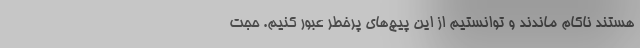
هستند ناکام ماندند و توانستیم از این پیچ‌های پرخطر عبور کنیم. حجت